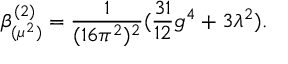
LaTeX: \beta _ { ( \mu ^ { 2 } ) } ^ { ( 2 ) } = \frac { 1 } { ( 1 6 \pi ^ { 2 } ) ^ { 2 } } ( \frac { 3 1 } { 1 2 } g ^ { 4 } + 3 \lambda ^ { 2 } ) .